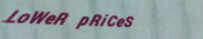
LoWeR pRiCeS